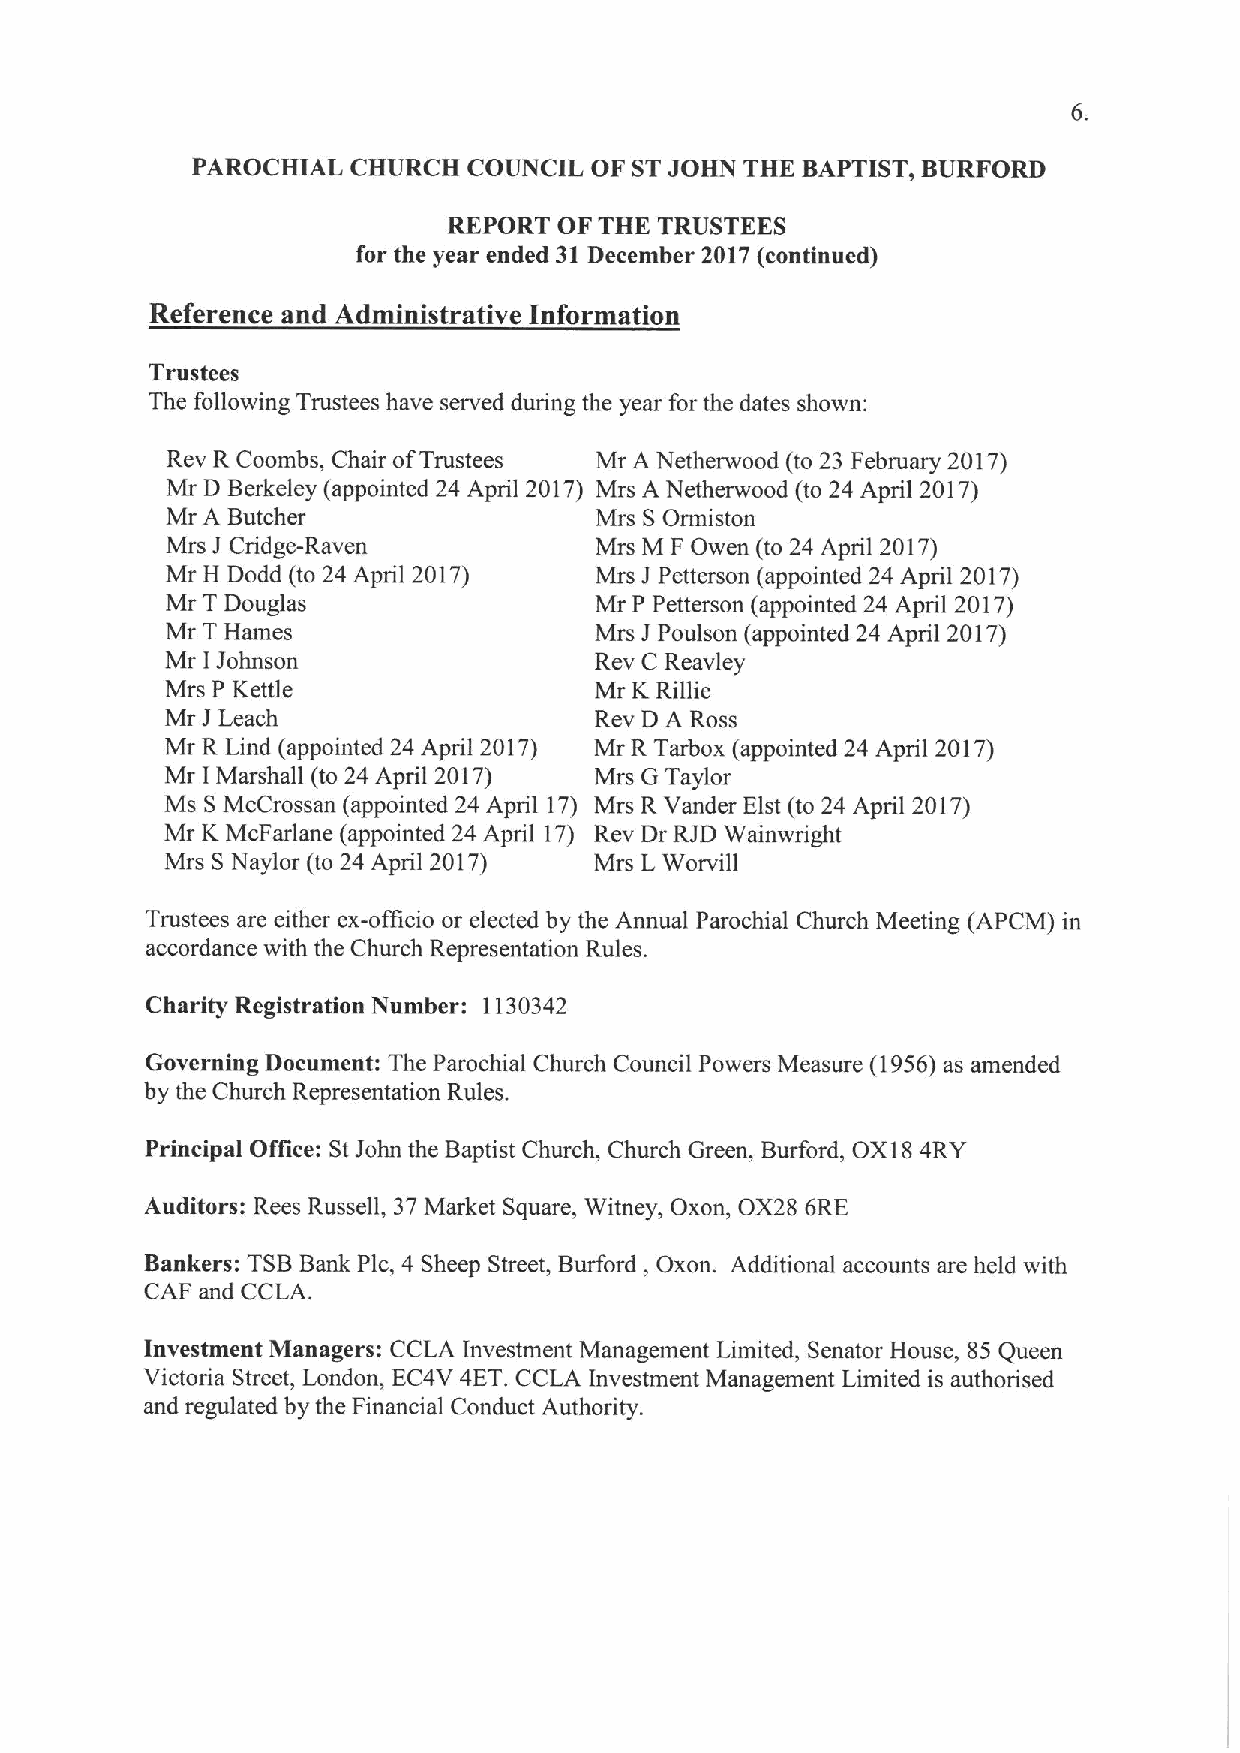
PAROCHIAL CHURCH  COUNCIL OF STJOHN THE BAPTIST, BURFORD
 REPORT OF THE TRUSTEES
 for the year ended 31 December 2017(continued)
 Reference and Administrative Information
 Trustees
 The following Trustees have served during the year for the dates shown:
 Rev R Coombs, Chair ofTrustees Mr A Netherwood (to 23 February 2017)
 Mr D Berkeley (appointed 24 April 2017) Mrs A Netherwood (to 24 April 2017)
 Mr A Butcher                Mrs SOrmiston
 Mrs J Cridge-Raven          Mrs M FOwen (to 24 April 2017)
 Mr H Dodd (to 24 April 2017) Mrs J Petterson (appointed 24 April 2017)
 Mr T Douglas                Mr P Petterson (appointed 24 April 2017)
 Mr THames                   Mrs JPoulson (appointed 24 April 2017)
 Mr IJohnson                 Rev C Reavley
 Mrs P Kettle                Mr KRillie
 Mr J Leach                  Rev D A Ross
 Mr R Lind (appointed 24 April 2017) Mr R Tarbox (appointed 24 April 2017)
 Mr I Marshall (to 24 April 2017) Mrs G Taylor
 Ms SMcCrossan (appointed 24 April 17) Mrs R Vander Elst (to 24 April 2017)
 Mr KMcFarlane (appointed 24 April 17) Rev Dr RJD Wainwright
 Mrs SNaylor (to 24 April 2017) Mrs LWorvill
 Trustees are either ex-officio or elected by the Annual Parochial Church Meeting (APCM) in
 accordance with the Church Representation Rules.
 Charity Registration Number: 1130342
 Governing Document: The Parochial Church Council Powers Measure (1956)as amended
 by the Church Representation Rules.
 Principal Office: StJohn the Baptist Church, Church Green, Burford, OX184RY
 Auditors: Rees Russell, 37Market Square, Witney, Oxon, OX28 6RE
 Bankers: TSBBank Plc, 4 Sheep Street, Burford, Oxon. Additional accounts are held with
 CAF and CCLA.
 Investment Managers: CCLA Investment Management Limited, Senator House, 85 Queen
 Victoria Street, London, EC4V 4ET.CCLA Investment Management Limited is authorised
 and regulated by the Financial Conduct Authority.